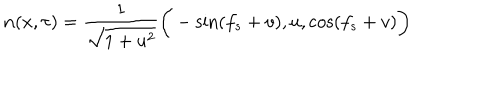
{ \bf n } ( x , \tau ) = \frac { 1 } { \sqrt { 1 + u ^ { 2 } } } \bigg ( - \sin ( f _ { s } + v ) , u , \cos ( f _ { s } + v ) \bigg )